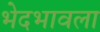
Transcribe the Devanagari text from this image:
भेदभावला